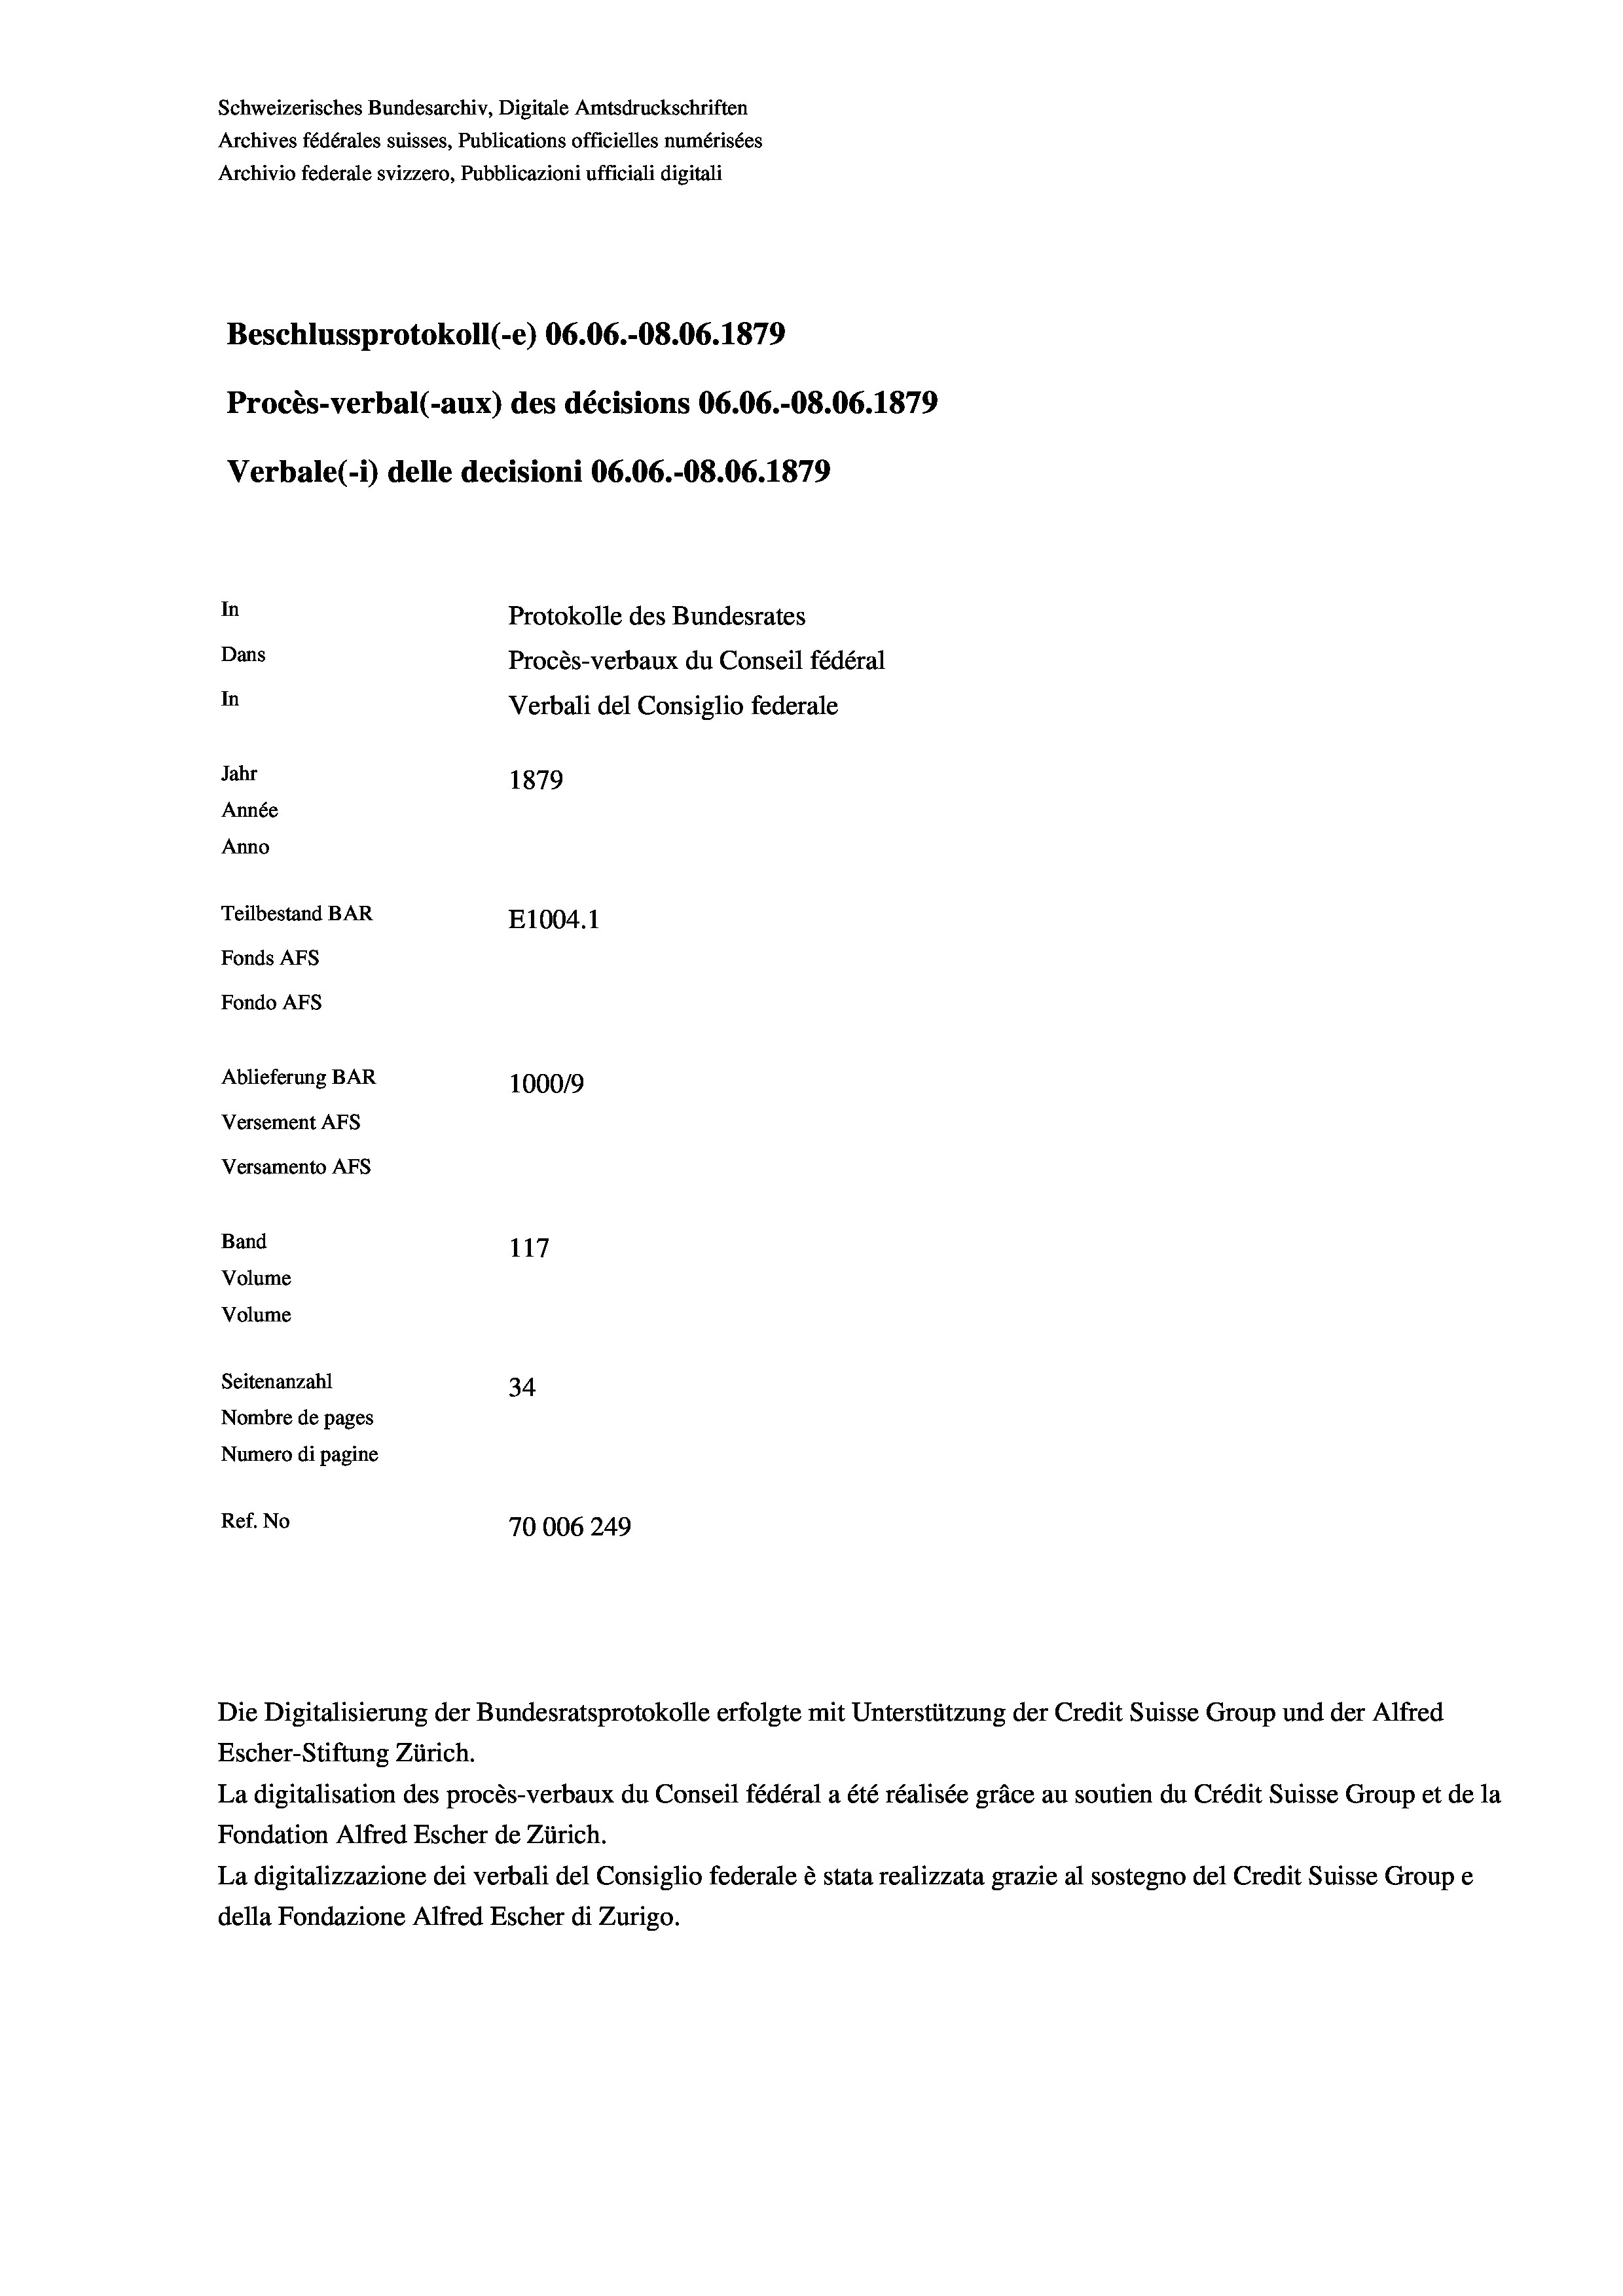
Schweizerisches Bundesarchiv, Digitale Amtsdruckschriften
Archives fédérales suisses, Publications officielles numérisées
Archivio federale svizzero, Pubblicazioni ufficiali digitali
Beschlussprotokoll (-e) 06.06.-O8.06. 1879
Procès-verbal (-aux) des décisions 06.06.-OS.06. 1879
Verbale (i) delle decisioni 06.06.-O8.06. 1879
In
Protokolle des Bundesrates
Dans
Procès-verbaux du Conseil fédéral
In
Verbali del Consiglio federale
Jahr
1879
Année
Anno
Teilbestand BAR
E1004. 1
Fonds AFs
Fondo Afs
Ablieferung BAR
100019
Versement AFs
Versamento AFS
Band
117
Volume

Volume
Seitenanzahl
34
Nombre de pages
Numero di pagine
Ref. No
70006249

Die Digitalisierung der Bundesratsprotokolle erfolgte mit Unterstützung der Credit Suisse Group und der Alfred
Escher-Stiftung Zürich.
La digitalisation des procès-verbaux du Conseil fédéral a été réalisée gräce au soutien du Crédit Suisse Group et de la
Fondation Alfred Escher de Zürich.
La digitalizzazione dei verbali del Consiglio federale è stata realizzata grazie al sostegno del Credit Suisse Groupe
della Fondazione Alfred Escher di Zurigo.